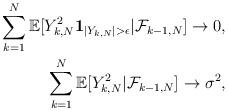
LaTeX: \begin{align*} \sum_{k=1}^N \mathbb{E}[Y_{k,N}^2 \mathbf{1}_{|Y_{k,N}|>\epsilon}|\mathcal{F}_{k-1,N}] \to 0 , \\\sum_{k = 1}^N \mathbb{E}[ Y_{k,N}^2 | \mathcal{F}_{k-1,N}] \to \sigma^2 ,\end{align*}